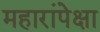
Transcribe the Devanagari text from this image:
महारांपेक्षा